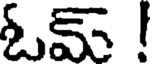
ఓమ్ !